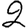
Digit: 2